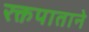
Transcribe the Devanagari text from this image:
रक्तपाताने